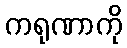
ကရုဏာကို